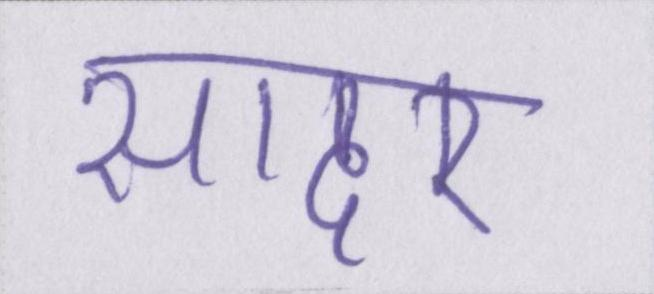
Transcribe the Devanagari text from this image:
सादर